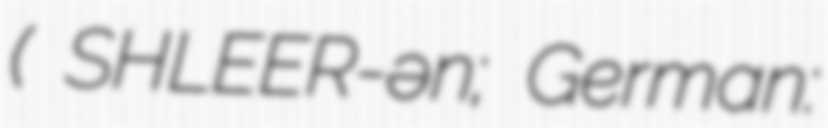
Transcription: ( SHLEER-ən; German: